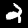
Digit: 2